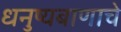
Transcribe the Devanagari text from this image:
धनुष्यबाणाचे